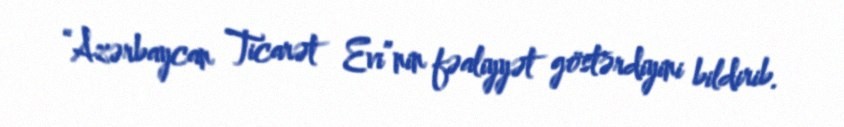
“Azərbaycan Ticarət Evi”nin fəaliyyət göstərdiyini bildirib.